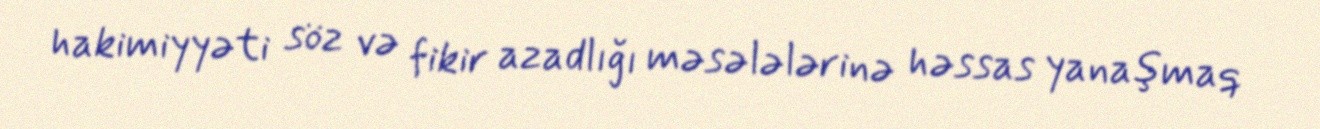
hakimiyyəti söz və fikir azadlığı məsələlərinə həssas yanaşmaq